Source: Handwritten
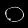
Digit: ၀ (0)